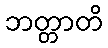
ဘတ္တာတိ